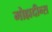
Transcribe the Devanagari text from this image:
मोह्मदीन्स